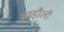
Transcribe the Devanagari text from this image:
हाड़ौली